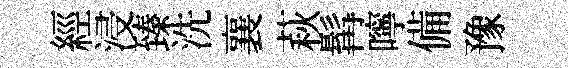
經浸臻洗襄萩髯嚀備豫